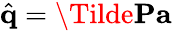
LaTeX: \hat{\mathbf{q}}=\Tilde{\mathbf{P}}\mathbf{a}